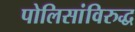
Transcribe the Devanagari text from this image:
पोलिसांविरुद्ध